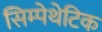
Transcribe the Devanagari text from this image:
सिम्पेथेटिक